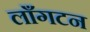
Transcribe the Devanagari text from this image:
लाँगटन